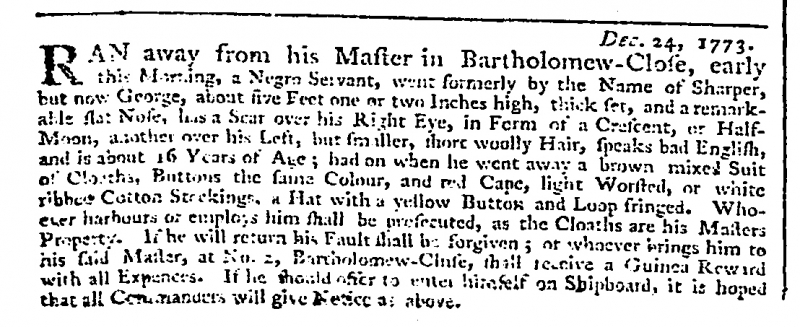
Daily Advertiser, 25 December 1773 (England)
                                                           Dec. 24, 1773.RAN away from his Master in Bartholomew-Close, early this Morning, a Negro Servant, went formerly by the Name of Sharper, but now George, about five Feet one or two Inches high, thick set, and a remarkable flat Nose, has a Scar over his Right Eye, in Form of a Crescent, or Half-Moon, another over his Left, but smaller, short woolly Hair, speaks bad English, and is about 16 Years of Age; had on when he went away a brown mixed Suit of Cloaths, Buttons the same Colour, and red Cape, light Worsted, or white ribbed Cotton Stockings, a Hat with a yellow Button and Loop fringed. Whoever harbours or employs him shall be prosecuted, as the Cloaths are his Masters Property. If he will return his Fault shall be forgiven; or whoever brings him to his said Master, at No. 2, Bartholomew-Close, shall receive a Guinea Reward with all Expences. If he should offer to enter himself on Shipboard, it is hoped that all Commanders will give Notice as above.